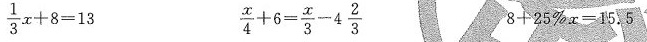
\frac{1}{3}x+8=13 \frac{x}{4}+6=\frac{x}{3}-4\frac{3}{2} 8+25%x=15.5